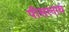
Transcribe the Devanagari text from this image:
पीसरनाथ